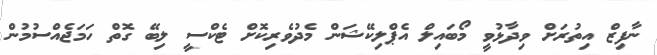
ނާފިޒް އިތުރަށް ވިދާޅުވީ މޯބައިލް އެޕްލިކޭޝަން މެދުވެރިކޮށް ޓެކްސީ ލިބޭ ގޮތް ހަމަޖެއްސުމުން